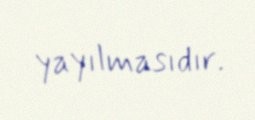
yayılmasıdır.